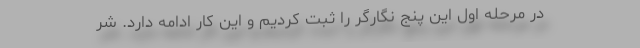
در مرحله اول این پنج نگارگر را ثبت کردیم و این کار ادامه دارد. شر